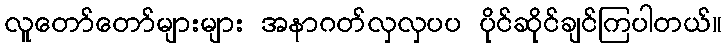
လူတော်တော်များများ အနာဂတ်လှလှပပ ပိုင်ဆိုင်ချင်ကြပါတယ်။